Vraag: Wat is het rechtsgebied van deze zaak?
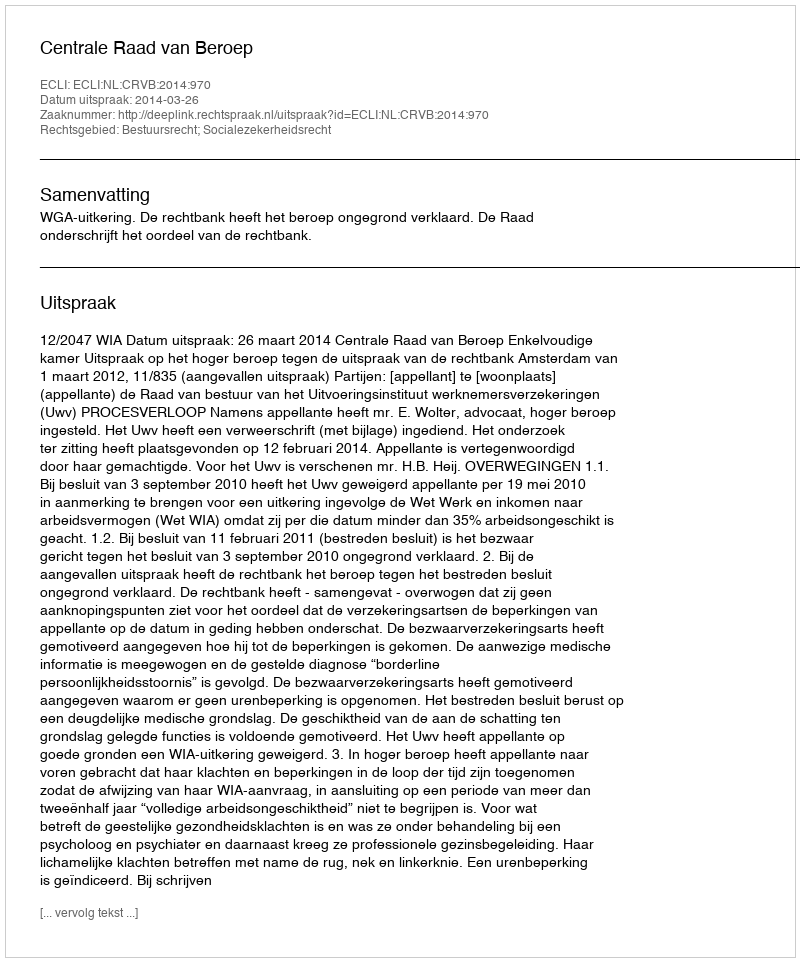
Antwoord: Bestuursrecht; Socialezekerheidsrecht